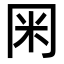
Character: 𭁨